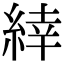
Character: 緈